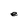
Character: e